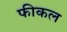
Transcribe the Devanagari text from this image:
फीकल